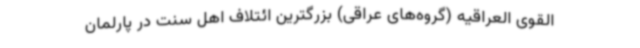
القوی العراقیه (گروه‌های عراقی) بزرگترین ائتلاف اهل سنت در پارلمان